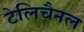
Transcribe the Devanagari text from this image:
टेलिचैनल